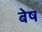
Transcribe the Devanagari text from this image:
बेष